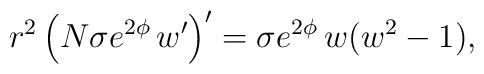
r^2\left( N\sigma e^{2\phi }\,w^{\prime }\right) ^{\prime }=\sigma e^{2\phi }\,w(w^{2}-1),